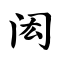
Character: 闳